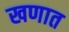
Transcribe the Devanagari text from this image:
खणात